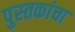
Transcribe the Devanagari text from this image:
पुस्‍तकांचा